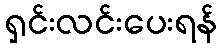
ရှင်းလင်းပေးရန်